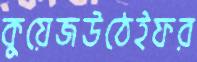
কুয়েজউঠেইফর